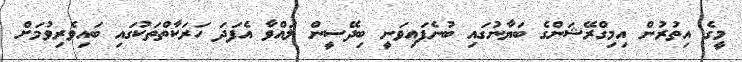
މީގެ އިތުރުން އިމިގްރޭޝަންގެ ބަޔާނުގައި ބުނެފައިވަނީ ބިދޭސީން ލައްވާ އެފަދަ ހަރަކާތްތަކުގައި ބައިވެރިވުމަށް